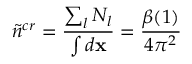
\tilde { n } ^ { c r } = \frac { \sum _ { l } N _ { l } } { \int d { \bf x } } = \frac { \beta ( 1 ) } { 4 \pi ^ { 2 } }